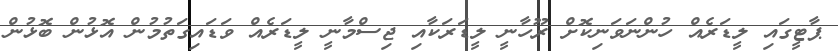
ޕާޓީގައި ލީޑަރެއް ހުންނަވަނިކޮށް ރޫހާނީ ލީޑަރަކާއި ޖިސްމާނީ ލީޑަރެއް ވަޑައިގަތުމުން އޮޅުން ބޮޅުން